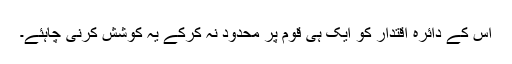
اس کے دائرہ اقتدار کو ایک ہی قوم پر محدود نہ کرکے یہ کوشش کرنی چاہئے۔